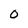
Character: 0